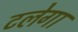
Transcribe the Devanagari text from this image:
टलेगा